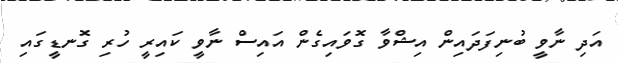
އަދި ނާވީ ބުނިފަދައިން އިޝްވާ ގޮވައިގެން އައިސް ނާވީ ކައިރީ ހުރި ގޮނޑީގައި